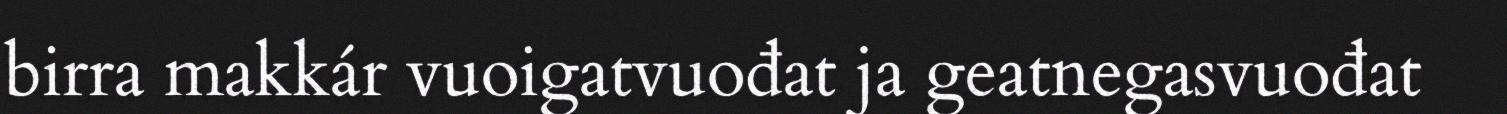
birra makkár vuoigatvuođat ja geatnegasvuođat